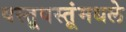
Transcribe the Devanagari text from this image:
वस्तूवस्तूंमधले